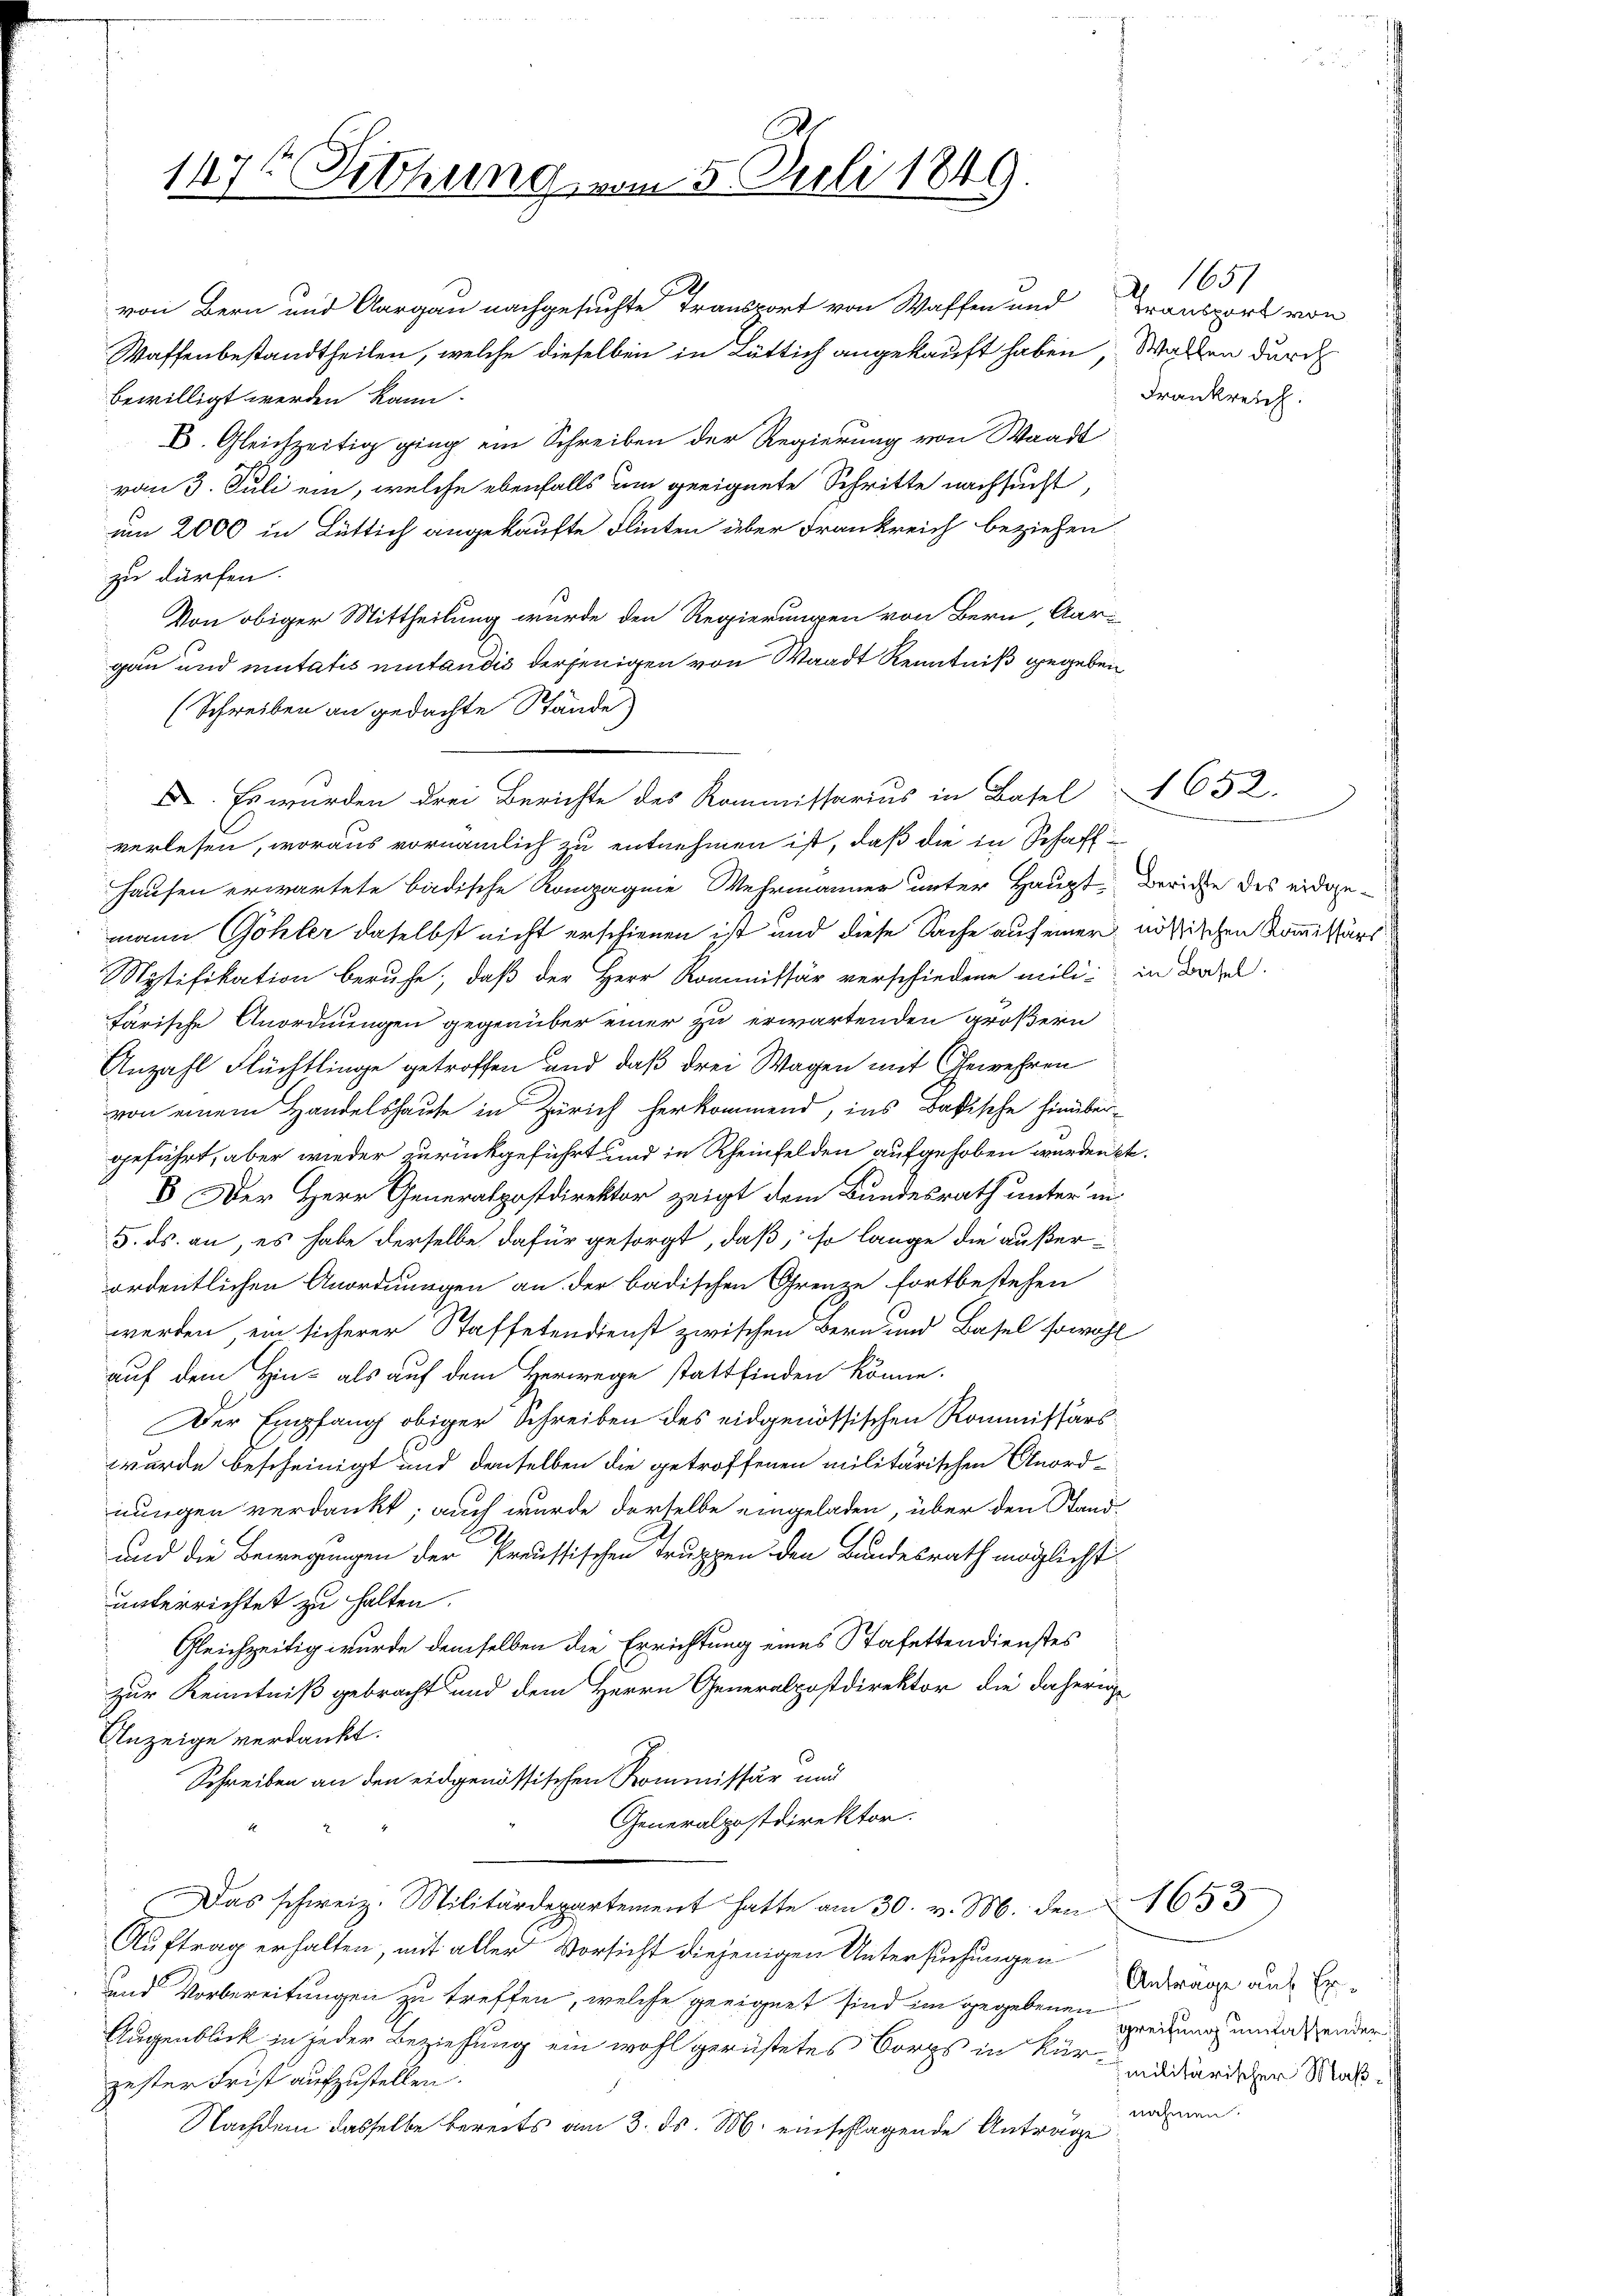
147t Sitzung vom 5. Juli 1849.

von Bern und Aargau nachgesuchte Transport von Waffen und
Waffenbestandtheilen, welche dieselben in Lüttich angekauft haben, Wallen durch
bewilligt werden kann.
6. Gleichzeitig ging ein Schreiben der Regierung von Waadt
vom 3. Juli ein, welche ebenfalls um geeignete Schritte nachsucht,
um 2000 in Lüttich angekaufte Flinten über Frankreich beziehen.
zu dürfen.
Von obiger Mittheilung wurde den Regierungen von Bern, Aar-
gau und mutatis mitandis derjenigen von Waadt Kenntniß gegeben
(Schreiben an gedachte Stände)
verlesen, woraus vornämlich zu entnehmen ist, daß die in Schaft
Hausen erwartete badische Kompagnie Wehrmänner unter Haupt- Berichte des eidgemann Göhler daselbst nicht erschienen ist und diese Sache auf einer nössischen Kommissärs
Mystifikation beruhe, daß der Herr Kommissär verschiedene mili in Basel
färische Anordnungen gegenüber einer zu erwartenden größern
Anzahl Flüchtlinge getroffen und daß drei Wagen mit Gewehren
von einem Handelshause in Zürich herkommend, ins Badische hinübergeführt, aber wieder zurückgeführt und in Rheinfelden aufgehoben wurden st
5 Der Herr Generalpostdirektor zeigt dem Bundesrath unter in
5. ds. an, es habe derselbe dafür gesorgt, daß, so lange die außerordentlichen Anordnungen an der badischen Grenze fortbestehen
werden, ein sicherer Staffetendienst zwischen Bern und Basel sowohl
auf dem Hin- als auf dem Herwege stattfinden könne.
Der Empfang obiger Schreiben des eidgenössischen Kommissärswurde bescheinigt und denselben die getroffenen militärischen Anord-
nungen verdankt; auch wurde derselbe eingeladen, über den Stand
und die Bewegungen der Preussischen Truppen den Bundesrath möglichst
unterrichtet zu halten.
Gleichzeitig wurde demselben die Errichtung eines Stafettendienstes
zur Kenntniß gebracht und dem Herrn Generalpostdirektor die daherige
Anzeige verdankt.
Schreiben an den eidgenössischen Kommissär und
Generalpostdirektor.
Das schweiz. Militärdepartement hatte am 30. v. M. den 163
Auftrag erhalten, mit aller Vorsicht diejenigen Untersuchungen
und Vorbereitungen zu treffen, welche geeignet sind im gegebenen Breitung umfaßender
Augenblick in jeder Beziehung ein wohl gerüstetes Borgs in kür-undärer Maßgester Frist aufzustellen.
Nachdem dasselbe bereits am 3. ds. M. einschlagende Anträge

I. Es wurden drei Berichte des Kommissarius in Basel

Z 1651
Transport von
Frankreich.

1652.

Antrage auf Ernahmen: